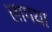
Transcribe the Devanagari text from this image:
लागया